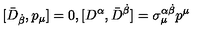
[ \bar { D } _ { \dot { \beta } } , p _ { \mu } ] = 0 , [ D ^ { \alpha } , \bar { D } ^ { \dot { \beta } } ] = \sigma _ { \mu } ^ { \alpha \dot { \beta } } p ^ { \mu }